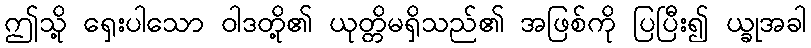
ဤသို့ ရှေးပါသော ဝါဒတို့၏ ယုတ္တိမရှိသည်၏ အဖြစ်ကို ပြပြီး၍ ယ္ခုအခါ